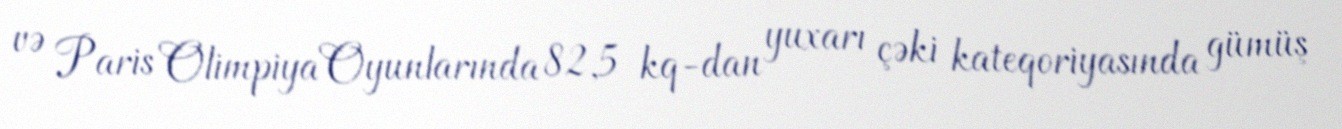
və Paris Olimpiya Oyunlarında 82,5 kq-dan yuxarı çəki kateqoriyasında gümüş